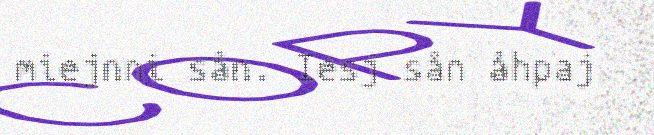
miejnni sån. Iesj sån åhpaj